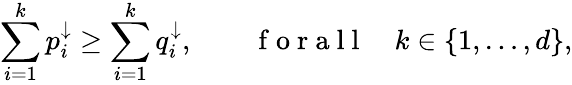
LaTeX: \sum_{i=1}^{k}p_{i}^{\downarrow}\geq\sum_{i=1}^{k}q_{i}^{\downarrow},\qquad\mathrm{~f~o~r~a~l~l~}\quad k\in\{ 1,\ldots,d\} ,